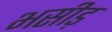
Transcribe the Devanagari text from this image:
भसीड़